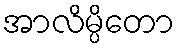
အာလိမ္ပိတော